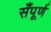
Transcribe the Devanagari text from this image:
सँपूर्ण